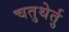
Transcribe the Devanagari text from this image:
चतुथेर्तु